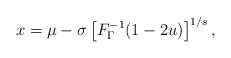
LaTeX: \begin{align*}x=\mu-\sigma\left[F^{-1}_\Gamma(1-2u)\right]^{1/s},\end{align*}